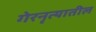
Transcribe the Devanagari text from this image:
गेरनृत्यातील